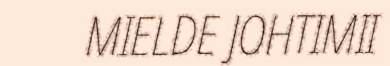
MIELDE JOHTIMII